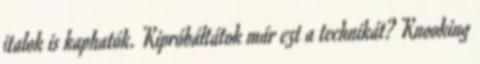
italok is kaphatók. Kipróbáltátok már ezt a technikát? Knooking